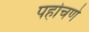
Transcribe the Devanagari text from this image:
पहोचणे